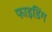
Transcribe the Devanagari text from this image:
फाइडिंग